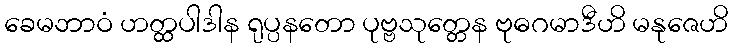
ခေမဘာဝံ ဟတ္ထပါဒါန ရုပ္ပနတော ပုဗ္ဗသုတ္တေန ဗုဓဂမာဒီဟိ မနုဇေဟိ